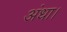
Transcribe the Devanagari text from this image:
अंधा।